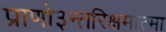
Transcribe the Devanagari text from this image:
प्राणो३न्तरिक्षमात्मा